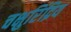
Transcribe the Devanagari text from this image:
चक्षुरिंद्रिय